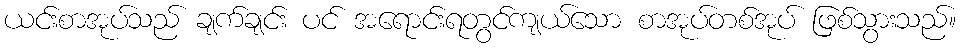
ယင်းစာအုပ်သည် ချက်ချင်း ပင် အရောင်းရတွင်ကျယ်သော စာအုပ်တစ်အုပ် ဖြစ်သွားသည်။